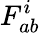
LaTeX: F_{ab}^{i}